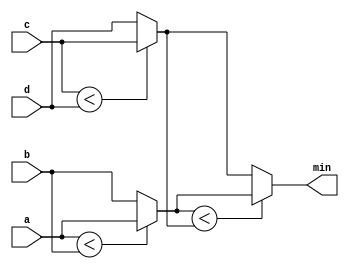

/*
Use the conditional operator to make two-way min circuits, then compose a few of them to create a 4-way min circuit.
*/

module top_module (
    input [7:0] a, b, c, d,
    output [7:0] min);//
    
    wire [7:0] a_b_intermediate;
    wire [7:0] c_d_intermediate;
    
    assign a_b_intermediate = (a < b) ? a : b;
    assign c_d_intermediate = (c < d) ? c : d;
    assign min 				= (a_b_intermediate < c_d_intermediate) ? a_b_intermediate : c_d_intermediate;

endmodule